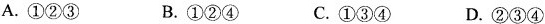
A.①②③ B.①②④ C.①③④ D.②③④